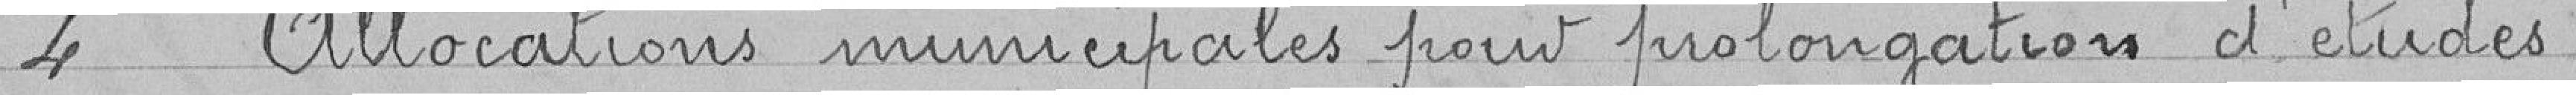
4. Allocations municipales pour prolongation d'études